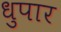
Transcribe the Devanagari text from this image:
धुपार